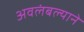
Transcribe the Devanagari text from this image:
अवलंबल्याने